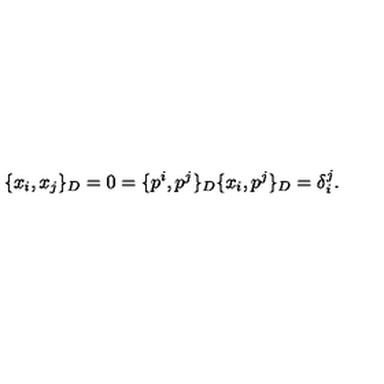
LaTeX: \{ x _ { i } , x _ { j } \} _ { D } = 0 = \{ p ^ { i } , p ^ { j } \} _ { D } \{ x _ { i } , p ^ { j } \} _ { D } = \delta _ { i } ^ { j } .